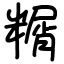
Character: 糏